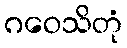
ဂဝေသိတုံ